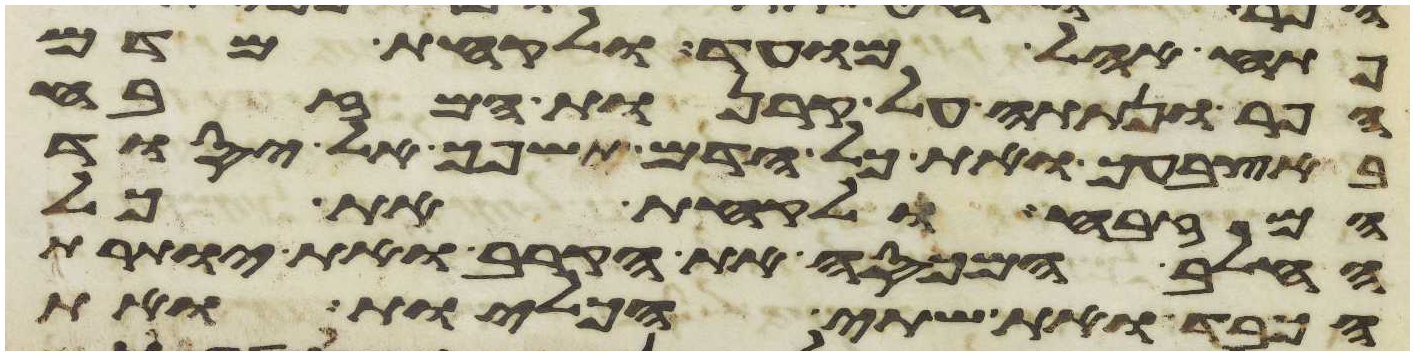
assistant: פתח אהל מועד ולקחת מדם
הפר ונתתה על קרנות המזבח
באצבעך ואת כל הדם תשפך אל יסוד
המזבח ולקחת את כל
החלב המכסה את הקרב ואת יותרת
הכבד ואת שתי הכליות ואת